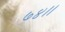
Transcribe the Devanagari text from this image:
७४।।